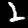
Label: 2